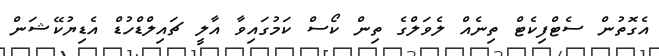
އެގޮތުން ސެޓްފިކެޓް ތިނެއް ލެވަލްގެ ތިން ކޯސް ކަމުގައިވާ އާލީ ޗައިލްޑްހުޑް އެޑިޔުކޭޝަން